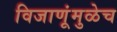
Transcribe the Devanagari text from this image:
विजाणूंमुळेच